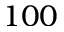
1 0 0